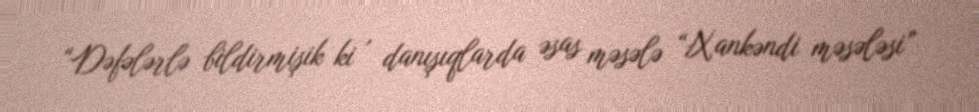
“Dəfələrlə bildirmişik ki , danışıqlarda əsas məsələ “Xankəndi məsələsi”